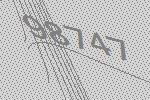
98747